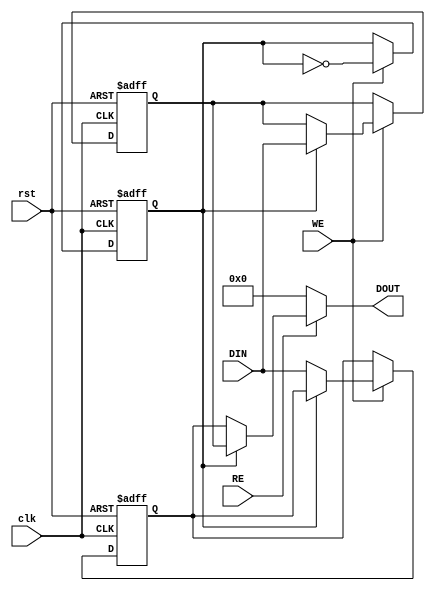
module DoubleBufferRegister (
    input wire clk,        // Clock signal
    input wire rst,        // Reset signal
    input wire WE,         // Write Enable
    input wire RE,         // Read Enable
    input wire [N-1:0] DIN, // Data Input
    output reg [N-1:0] DOUT // Data Output
);
    parameter N = 8; // Width of the data bus

    // Internal registers for the double buffer
    reg [N-1:0] bufferA;
    reg [N-1:0] bufferB;
    reg active; // Control signal to determine which buffer is active

    // Sequential logic for capturing data and switching buffers
    always @(posedge clk or posedge rst) begin
        if (rst) begin
            // Reset both buffers to zero
            bufferA <= {N{1'b0}};
            bufferB <= {N{1'b0}};
            active <= 1'b0; // Start with Buffer A as active
        end else begin
            if (WE) begin
                // Write data to the inactive buffer
                if (!active) begin
                    bufferA <= DIN; // Write to Buffer A
                end else begin
                    bufferB <= DIN; // Write to Buffer B
                end
                // Toggle the active buffer
                active <= ~active;
            end
        end
    end

    // Combinational logic for output based on Read Enable
    always @(*) begin
        if (RE) begin
            // Output the currently active buffer
            if (active) begin
                DOUT = bufferB; // Read from Buffer B
            end else begin
                DOUT = bufferA; // Read from Buffer A
            end
        end else begin
            DOUT = {N{1'b0}}; // Optionally output zero when RE is low
        end
    end

endmodule